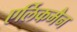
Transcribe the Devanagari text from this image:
एर्लिकमैन